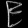
Digit: ၉